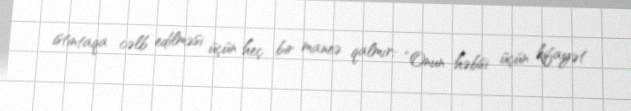
istintaqa cəlb edilməsi üçün heç bir maneə qalmır: “Onun həbsi üçün kifayət